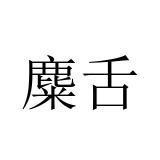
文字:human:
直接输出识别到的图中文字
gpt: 麋舌